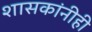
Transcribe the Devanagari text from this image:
शासकांनीही